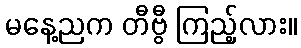
မနေ့ညက တီဗွီ ကြည့်လား။